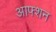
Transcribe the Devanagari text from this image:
आफ्शन